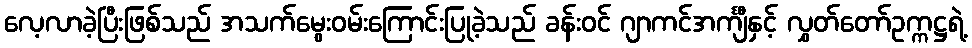
လေ့လာခဲ့ပြီးဖြစ်သည် အသက်မွေးဝမ်းကြောင်းပြုခဲ့သည် ခန်းဝင် ဂျာကင်အင်္ကျီနှင့် လွှတ်တော်ဥက္ကဋ္ဌရဲ့